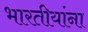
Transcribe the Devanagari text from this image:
भारतीयांंना